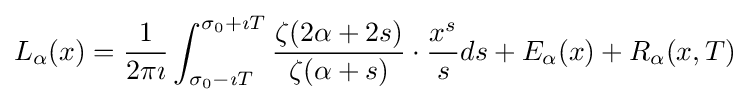
L_{\alpha }(x)={\frac {1}{2\pi \imath }}\int _{\sigma _{0}-\imath T}^{\sigma _{0}+\imath T}{\frac {\zeta (2\alpha +2s)}{\zeta (\alpha +s)}}\cdot {\frac {x^{s}}{s}}ds+E_{\alpha }(x)+R_{\alpha }(x,T)